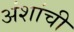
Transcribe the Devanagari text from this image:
अंशांची